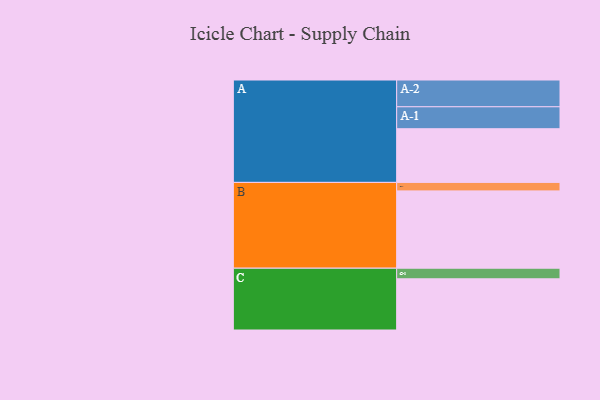
{"axis": {"x": "Segment", "y": "Value"}, "legend": ["", "A", "B", "C"], "data": [{"x": "A", "y": 411, "type": ""}, {"x": "B", "y": 592, "type": ""}, {"x": "C", "y": 392, "type": ""}, {"x": "A-1", "y": 168, "type": "A"}, {"x": "A-2", "y": 205, "type": "A"}, {"x": "B-1", "y": 65, "type": "B"}, {"x": "C-1", "y": 81, "type": "C"}]}